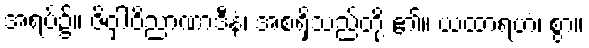
အရပ်၌။ ဇိဝှါဝိညာဏာဒီနံ၊ အစရှိသည်တို့ ၏။ ယထာရဟံ၊ စွာ။